Riigikantselei, lk 95
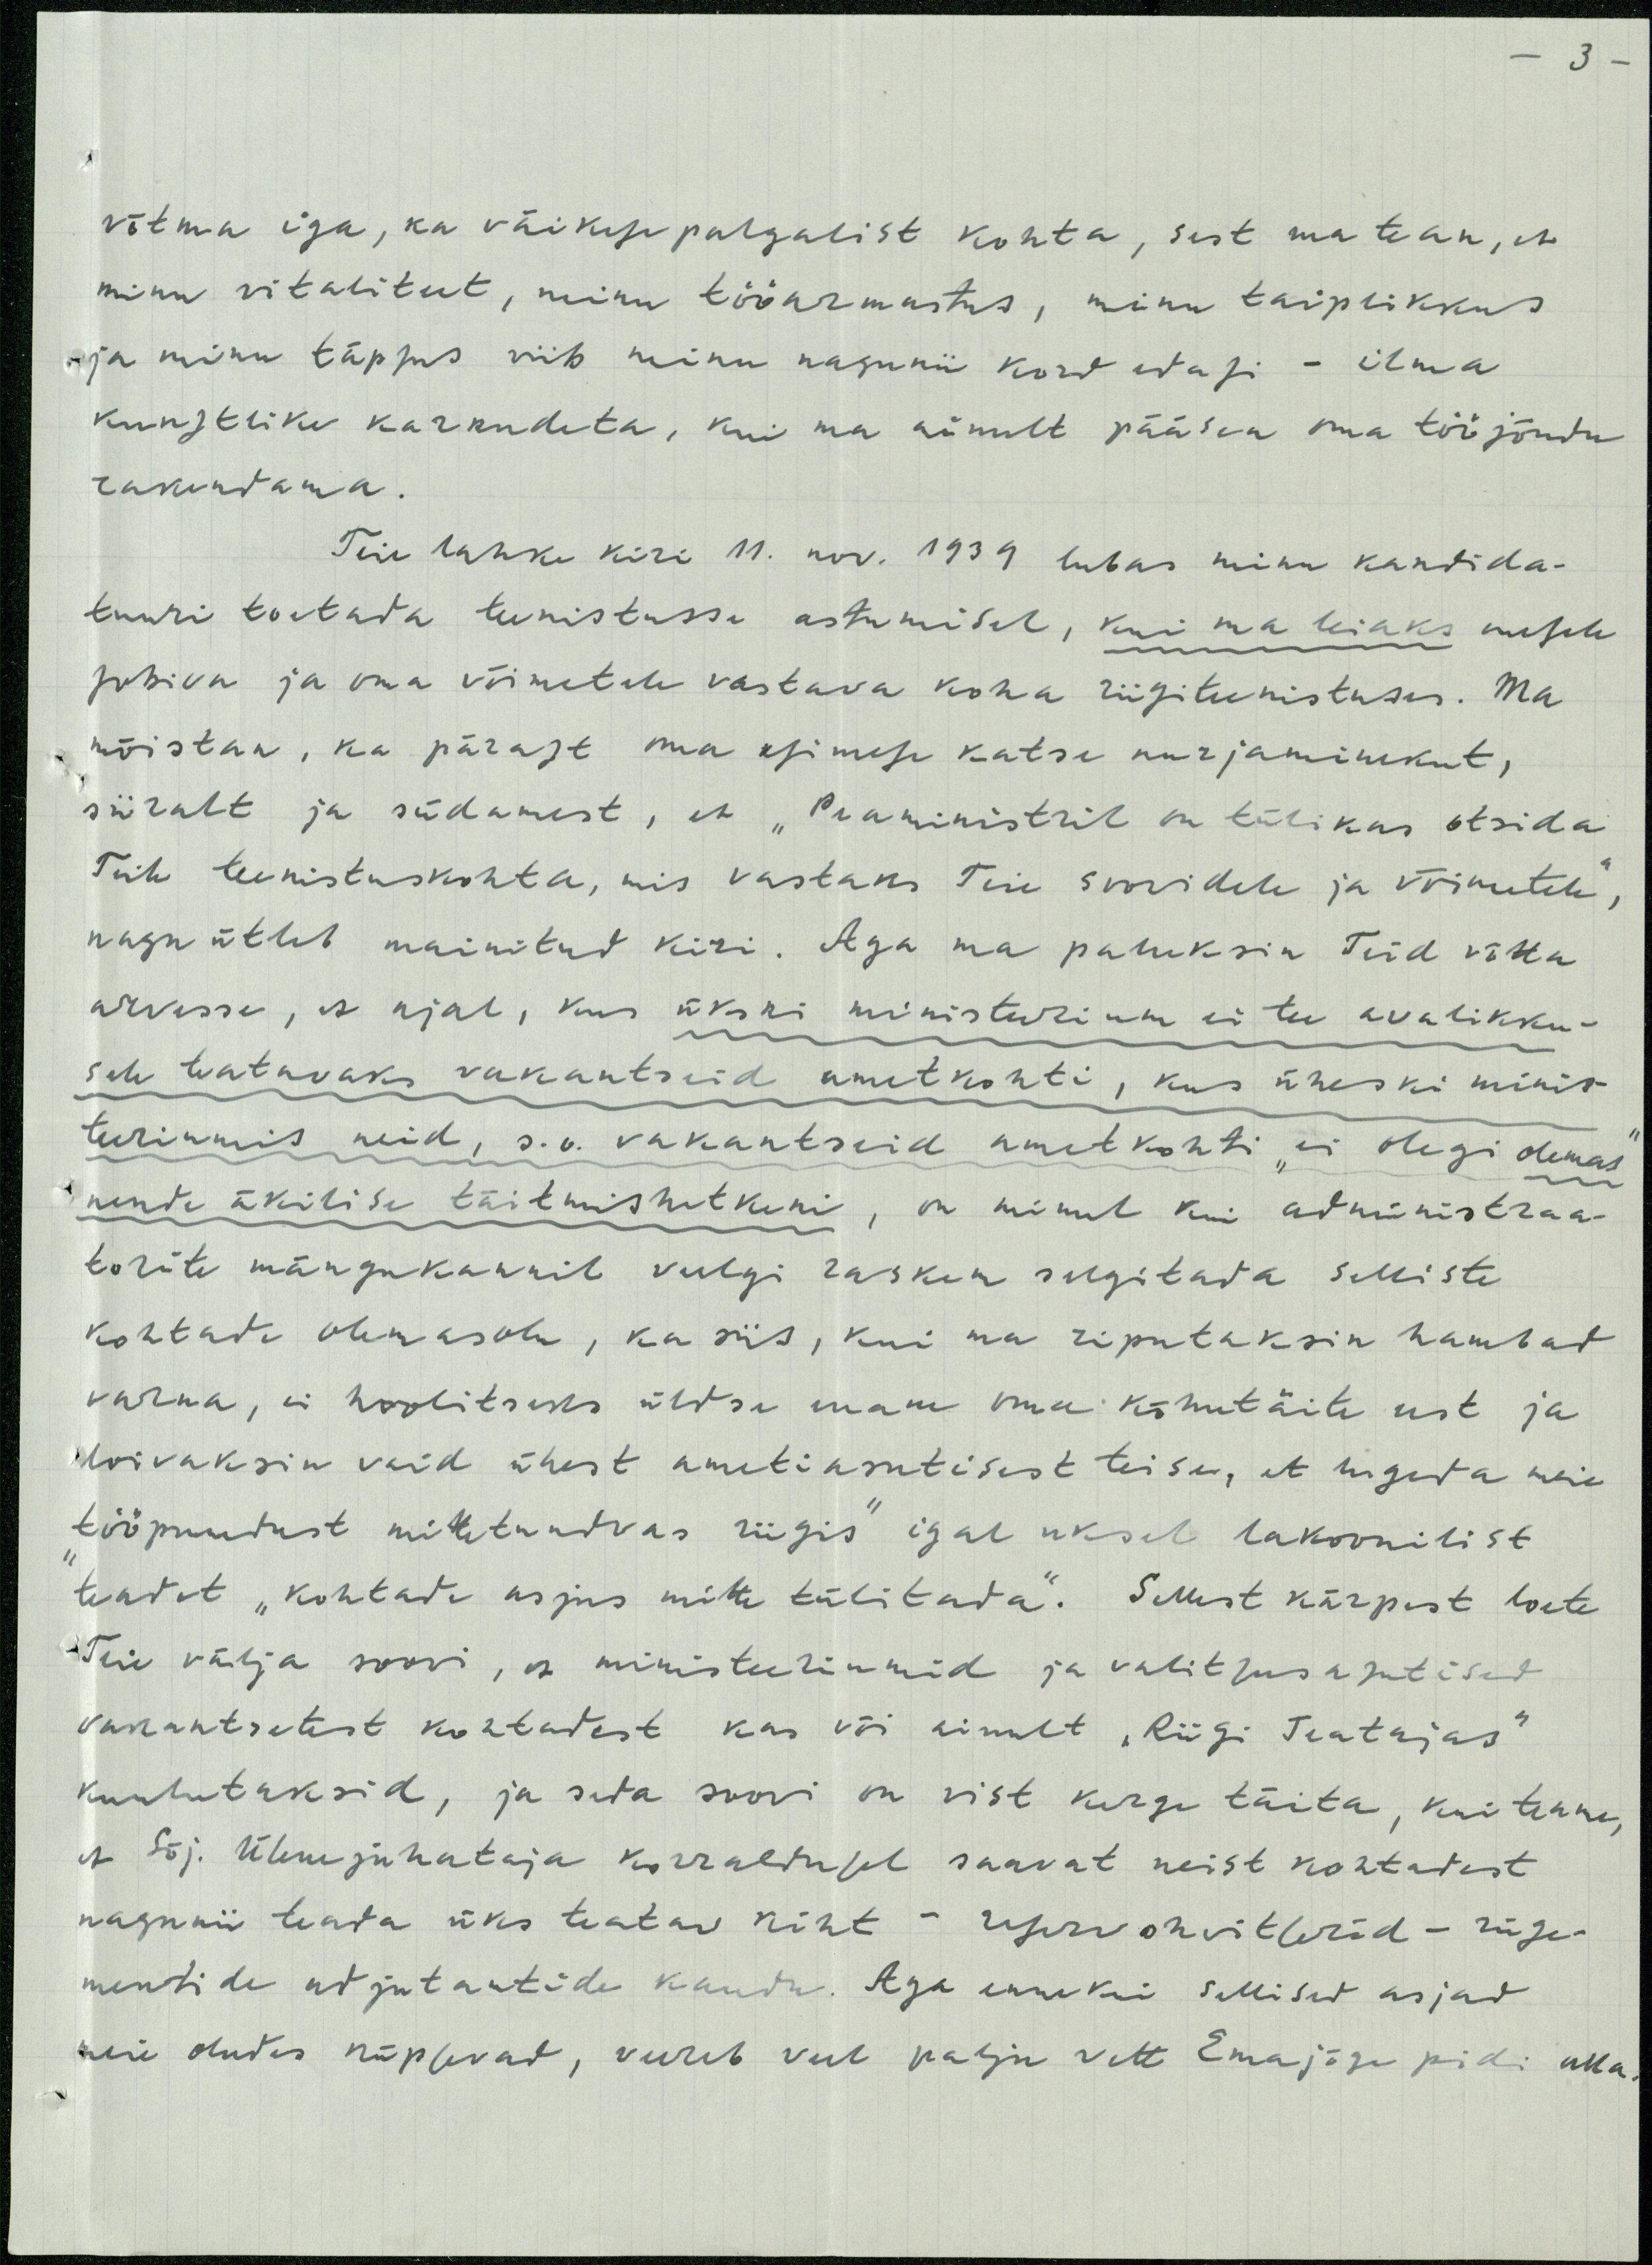
3 -

võtma iga, ka väikesepalgalist kohta, sest ma teha, et
minu vitaliteet, minu tööarmastus, mina taiplikkus
ja minu täpsus viib minu nagunii kord edasi - ilma
kunstlike karkudeta, kui ma ainult pääsen oma tööjõudu
rakendama.
Teie lahke kiri 11. nov. 1939 lubas minu kandida-
tuuri toetada teenistusse astumisel, kui ma leiaks enesele
sobiva ja oma võimetele vastava koha riigiteenistuses. Ma
mõistan, ka pärast oma esimese katse nurjaminekut,
siiralt ja südamest, et "Peaministril on tülikus otsida
Teile teenistuskohta, mis vastaks Teie soovidele ja võimetele",
nagu ütleb mainitud kiri. Aga ma pahuksin Teid võtta
arvesse, et ajal, kus ükski ministeerium ei tee avalikku-
sele teatavaks vakantseid ametkohti, kus üheski mind
turiumis neid, s.o. vakantseid ametkohti "ei oligi olemas"
nende ükilise täitmishetkeni, on minul kui administraa-
torite mängukannil veelgi raskem selgitada selliste
kohtade olemasolu, ka siis, kui ma riputaksin hambad
varna, ei hoolitseks üldse enam oma kõhutäite eest ja
koivaksin vaid ühest ametiasutisest teise, et lugeda meie
"tööpuudust mittetundvas riigis" igal uksel lakoonilist
teadet "kohtade asjus mitte tülitada". Sellest kärpest loete
Teie välja soovi, et ministeeriumid ja valitsusasutised
vakantsetest kohtutest kas või ainult "Riigi Teatajas"
kuulutaksid, ja seda soovi on vist kerge täita, kui teame,
et. Sõj. Ülemjuhataja korraldusel saavat neist kohtadest
nagunii teada üks teatav kiht - reservohvitserid - rügi-
mentide adjutantide kaudu. Aga enne kui sellised asjad
meie oludes küpsevad, veereb veel palju vett Emajõge pidi alla.